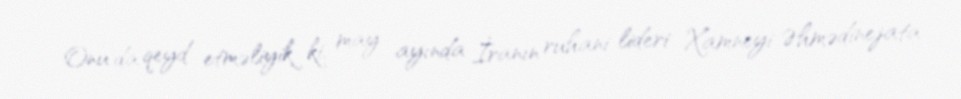
Onu da qeyd etməliyik ki, may ayında İranın ruhani lideri Xamneyi Əhmədinejata